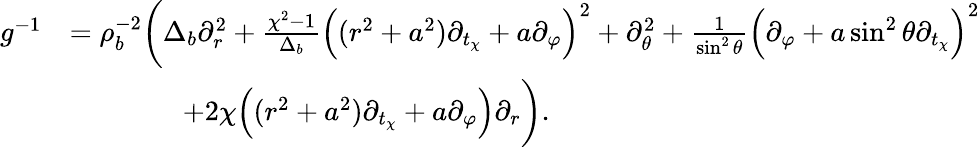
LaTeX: \begin{array}{rl}{g^{-1}}&{=\rho_{b}^{-2}\bigg(\Delta_{b}\partial_{r}^{2}+\frac{\chi^{2}-1}{\Delta_{b}}\Big((r^{2}+a^{2})\partial_{t_{\chi}}+a\partial_{\varphi}\Big)^{2}+\partial_{\theta}^{2}+\frac{1}{\sin^{2}\theta}\Big(\partial_{\varphi}+a\sin^{2}\theta\partial_{t_{\chi}}\Big)^{2}}\\ &{\qquad\qquad+2\chi\Big((r^{2}+a^{2})\partial_{t_{\chi}}+a\partial_{\varphi}\Big)\partial_{r}\bigg).}\end{array}